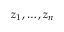
z _ { 1 } , \dotsc , z _ { n }